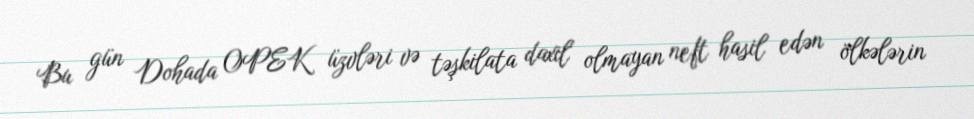
Bu gün Dohada OPEK üzvləri və təşkilata daxil olmayan neft hasil edən ölkələrin